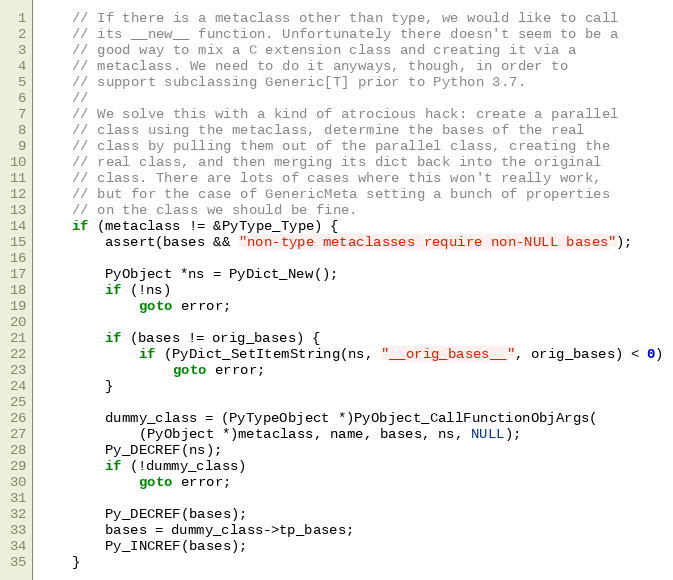
Language: C
    // If there is a metaclass other than type, we would like to call
    // its __new__ function. Unfortunately there doesn't seem to be a
    // good way to mix a C extension class and creating it via a
    // metaclass. We need to do it anyways, though, in order to
    // support subclassing Generic[T] prior to Python 3.7.
    //
    // We solve this with a kind of atrocious hack: create a parallel
    // class using the metaclass, determine the bases of the real
    // class by pulling them out of the parallel class, creating the
    // real class, and then merging its dict back into the original
    // class. There are lots of cases where this won't really work,
    // but for the case of GenericMeta setting a bunch of properties
    // on the class we should be fine.
    if (metaclass != &PyType_Type) {
        assert(bases && "non-type metaclasses require non-NULL bases");

        PyObject *ns = PyDict_New();
        if (!ns)
            goto error;

        if (bases != orig_bases) {
            if (PyDict_SetItemString(ns, "__orig_bases__", orig_bases) < 0)
                goto error;
        }

        dummy_class = (PyTypeObject *)PyObject_CallFunctionObjArgs(
            (PyObject *)metaclass, name, bases, ns, NULL);
        Py_DECREF(ns);
        if (!dummy_class)
            goto error;

        Py_DECREF(bases);
        bases = dummy_class->tp_bases;
        Py_INCREF(bases);
    }